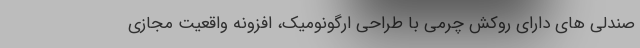
صندلی های دارای روکش چرمی با طراحی ارگونومیک، افزونه واقعیت مجازی